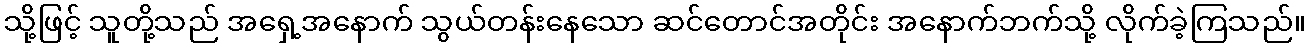
သို့ဖြင့် သူတို့သည် အရှေ့အနောက် သွယ်တန်းနေသော ဆင်တောင်အတိုင်း အနောက်ဘက်သို့ လိုက်ခဲ့ကြသည်။